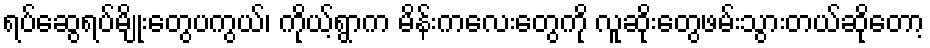
ရပ်ဆွေရပ်မျိုးတွေပကွယ်၊ ကိုယ့်ရွာက မိန်းကလေးတွေကို လူဆိုးတွေဖမ်းသွားတယ်ဆိုတော့